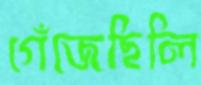
গেঁজেছিলি